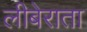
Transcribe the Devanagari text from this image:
लीबेराता